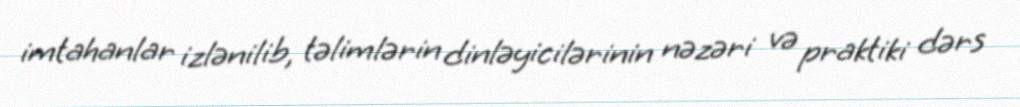
imtahanlar izlənilib, təlimlərin dinləyicilərinin nəzəri və praktiki dərs